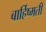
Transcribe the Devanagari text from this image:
बार्हिष्मती